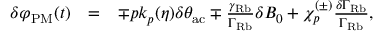
\begin{array} { r l r } { \delta \varphi _ { \mathrm { P M } } ( t ) } & { = } & { \mp p k _ { p } ( \eta ) \delta \theta _ { \mathrm { a c } } \mp \frac { \gamma _ { \mathrm { R b } } } { \Gamma _ { \mathrm { R b } } } \delta B _ { 0 } + \chi _ { p } ^ { ( \pm ) } \frac { \delta \Gamma _ { \mathrm { R b } } } { \Gamma _ { \mathrm { R b } } } , } \end{array}